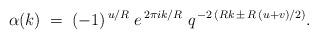
LaTeX: \begin{align*}\alpha (k) \; = \; (-1)^{\, u/R}\; e^{\, 2 \pi i k/R}\; q^{\, -2\, (R k \,\pm\, R\, (u+v)/2)} .\end{align*}